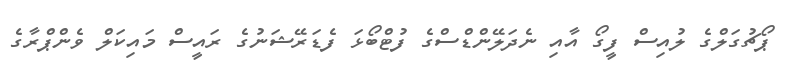
ޕޯޗުގަލްގެ ލުއިސް ފީގޯ އާއި ނެދަލޭންޑްސްގެ ފުޓްބޯޅަ ފެޑަރޭޝަނުގެ ރައީސް މައިކަލް ވެންޕްރާގެ